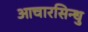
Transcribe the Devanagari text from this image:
आचारसिन्धु